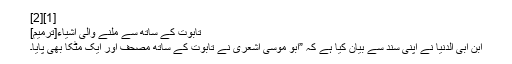
[1][2]
تابوت کے ساتھ سے ملنے والی اشیاء[ترمیم]
ابن ابی الدنیا نے اپنی سند سے بیان کیا ہے کہ ”ابو موسیٰ اشعری نے تابوت کے ساتھ مصحف اور ایک مٹکا بھی پایا۔